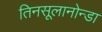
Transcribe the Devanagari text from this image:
तिनसूलानोन्डा